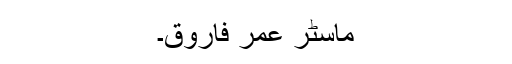
ماسٹر عمر فاروق۔